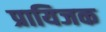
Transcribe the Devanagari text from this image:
प्रायिजक